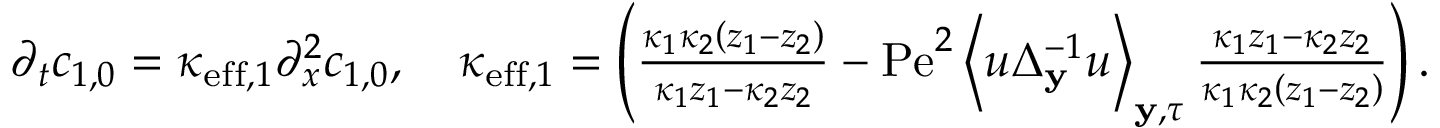
\begin{array} { r l } & { \partial _ { t } c _ { 1 , 0 } = \kappa _ { \mathrm { e f f } , 1 } \partial _ { x } ^ { 2 } c _ { 1 , 0 } , \quad \kappa _ { \mathrm { e f f } , 1 } = \left( \frac { \kappa _ { 1 } \kappa _ { 2 } \left( z _ { 1 } - z _ { 2 } \right) } { \kappa _ { 1 } z _ { 1 } - \kappa _ { 2 } z _ { 2 } } - \mathrm { P e } ^ { 2 } \left\langle u \Delta _ { \mathbf { y } } ^ { - 1 } u \right\rangle _ { \mathbf { y } , \tau } \frac { \kappa _ { 1 } z _ { 1 } - \kappa _ { 2 } z _ { 2 } } { \kappa _ { 1 } \kappa _ { 2 } \left( z _ { 1 } - z _ { 2 } \right) } \right) . } \end{array}